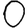
Digit: 0